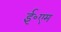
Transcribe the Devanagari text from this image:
ई॰एम